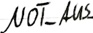
Text: NOT_AUS